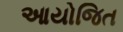
આયોજિત